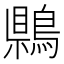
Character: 𪃷